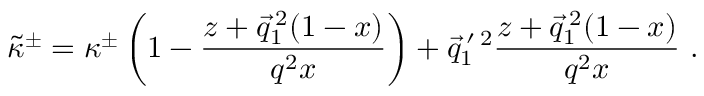
\tilde { \kappa } ^ { \pm } = \kappa ^ { \pm } \left( 1 - \frac { z + \vec { q } _ { 1 } ^ { \: 2 } ( 1 - x ) } { q ^ { 2 } x } \right) + \vec { q } _ { 1 } ^ { \: \prime \: 2 } \frac { z + \vec { q } _ { 1 } ^ { \: 2 } ( 1 - x ) } { q ^ { 2 } x } ~ .